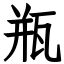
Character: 瓶